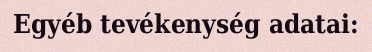
Egyéb tevékenység adatai: